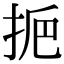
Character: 𢫷